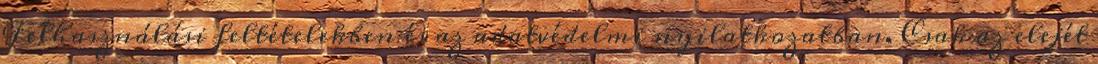
Felhasználási feltételekben és az adatvédelmi nyilatkozatban. Csak az elejét